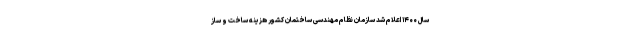
سال ۱۴۰۰ اعلام شد سازمان نظام مهندسی ساختمان کشور هزینه ساخت و ساز